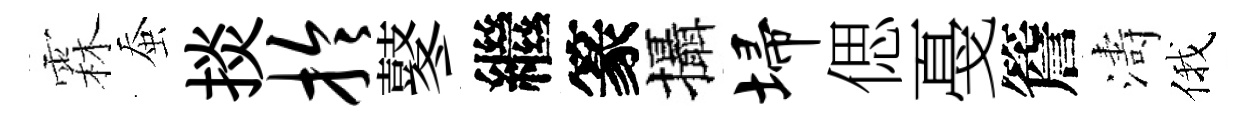
霖蚕掞拎鼕繼篆攝埽偲戞簷濤俄